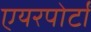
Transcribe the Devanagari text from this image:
एयरपोर्टों